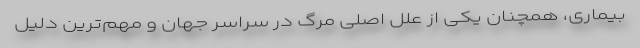
بیماری، همچنان یکی از علل اصلی مرگ در سراسر جهان و مهم‌ترین دلیل